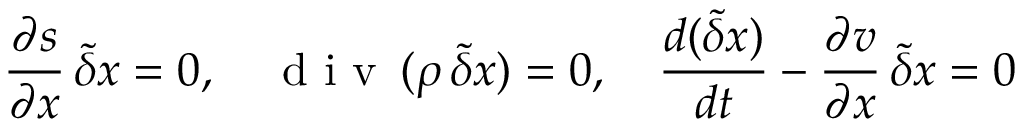
\frac { \partial s } { \partial \boldsymbol { x } } \, \tilde { \delta } \boldsymbol { x } = 0 , \quad \mathrm { ~ d ~ i ~ v ~ } \, ( \rho \, \tilde { \delta } \boldsymbol { x } ) = 0 , \quad \frac { d ( \tilde { \delta } \boldsymbol { x } ) } { d t } - \frac { \partial { \boldsymbol v } } { \partial \boldsymbol { x } } \, \tilde { \delta } \boldsymbol { x } = \boldsymbol { 0 }